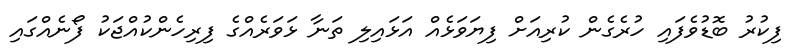
ފިކުރު ބޮޑުވެފައި ހުރެގެން ކުރިއަށް ފިޔަވަޅެއް އަޅައިލި ތަނާ ޅަވަރެއްގެ ފިރިހެންކުއްޖަކު ފޯނެއްގައި